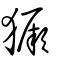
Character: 獗